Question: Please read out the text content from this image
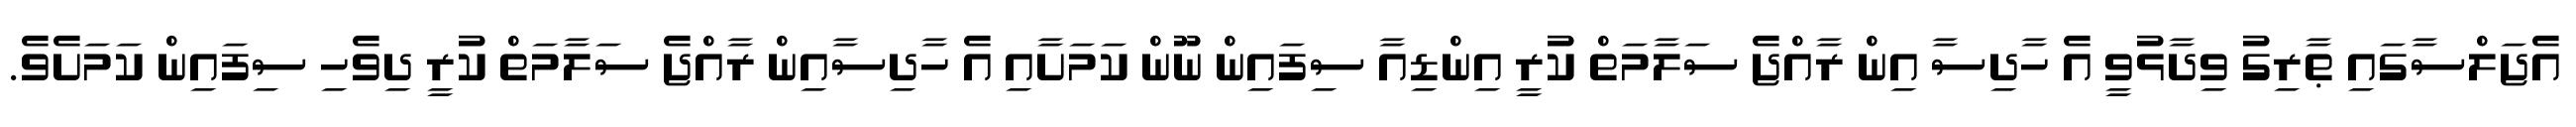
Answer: އެޖަލްސާގައި ޠާރިގު ވިދާޅުވީ އެ ހާދިސާ އިން ރާއްޖެ ސަލާމަތް ކުރީ އިންޑިއާ ސިފައިން ނޫން ކަމަށާއި އެ ހާދިސާއިން ރާއްޖެ ސަލާމަތް ކުރީ ދިވެހި ސިފައިން ކަމަށެވެ.